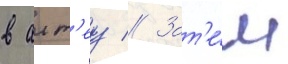
в алт'еу // Зат'е́м